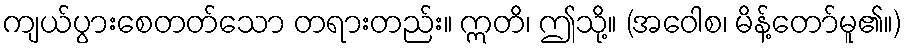
ကျယ်ပွားစေတတ်သော တရားတည်း။ ဣတိ၊ ဤသို့။ (အဝေါစ၊ မိန့်တော်မူ၏။)